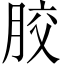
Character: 㬵